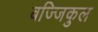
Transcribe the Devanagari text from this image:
बज्जिकुल